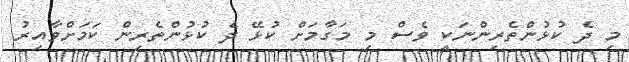
މި ދެ ކުޅުންތެރިންނަކީ ވެސް މި މަގާމަށް ކުޅޭ ދެ ކުޅުންތެރިން ކަމަށްވާއިރު